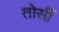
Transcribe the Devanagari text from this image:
तोर्सी